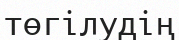
төгілудің